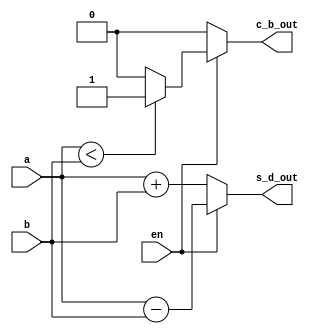
module add_sub(
  input [3:0] a, b,
    input en,
  output reg [3:0] s_d_out,
    output reg c_b_out
    );

  always @(a , b, en) begin
        if (en == 0) begin
            // Addition when en is 0
            s_d_out = a + b;
            c_b_out = 1'b0; 
        end else begin
            // Subtraction when en is 1
            s_d_out = a - b;
          if (a < b)
                c_b_out = 1'b1; 
            else
                c_b_out = 1'b0; 
        end
    end

endmodule